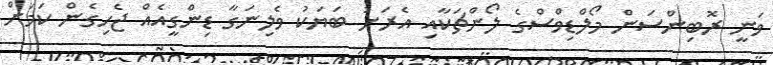
ވަނީ ރޮބިންސަން މޯލްޑިވްސްގެ ލޯންޗަކާއި އެރަށު ބަޔަކު ވެލިނަގާ ޑިންގީއެއް ޖެހިގެން ކަމަށް